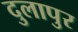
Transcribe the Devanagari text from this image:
दुलापुर